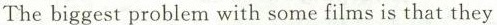
The biggest problem with some films is that they